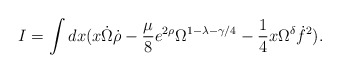
\begin{align*}I = \int dx ( x \dot{\Omega} \dot{\rho}- \frac{\mu}{8} e^{2 \rho} \Omega^{1 - \lambda - \gamma /4}- \frac{1}{4} x \Omega^{\delta} \dot{f}^2 ) .\end{align*}